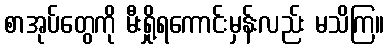
စာအုပ်တွေကို မီးရှို့ရကောင်းမှန်းလည်း မသိကြ။